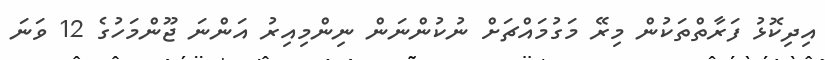
އިދިކޮޅު ފަރާތްތަކުން މިރޭ މަގުމައްޗަށް ނުކުންނަން ނިންމިއިރު އަންނަ ޖޫންމަހުގެ 12 ވަނަ